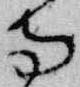
寺